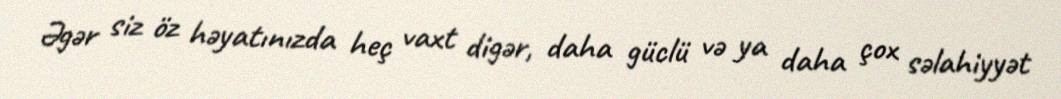
Əgər siz öz həyatınızda heç vaxt digər, daha güclü və ya daha çox səlahiyyət